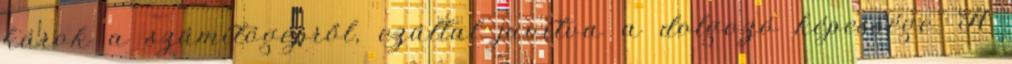
károk a számítógépről, ezáltal javítva a dolgozó képessége. A